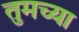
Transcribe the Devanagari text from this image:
तुमच्‍या